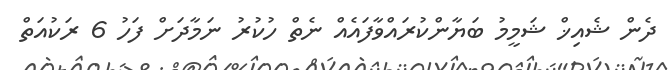
ދެން ޝެއިޚް ޝަމީމު ބަޔާންކުރައްވާފައެއް ނެތް ހުކުރު ނަމާދަށް ފަހު 6 ރަކުއަތް